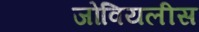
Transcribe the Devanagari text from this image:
जोवियलीस